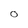
Character: 0